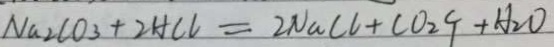
N a _ { 2 } C O _ { 3 } + 2 H C l = 2 N a C l + C O _ { 2 } \uparrow + H _ { 2 } O